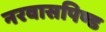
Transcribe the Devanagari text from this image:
नरवासपिण्ड